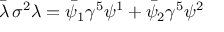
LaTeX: \bar { \lambda } \, \sigma ^ { 2 } \lambda = \bar { \psi } _ { 1 } \gamma ^ { 5 } \psi ^ { 1 } + \bar { \psi } _ { 2 } \gamma ^ { 5 } \psi ^ { 2 }